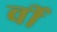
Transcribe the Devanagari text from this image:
र्वी